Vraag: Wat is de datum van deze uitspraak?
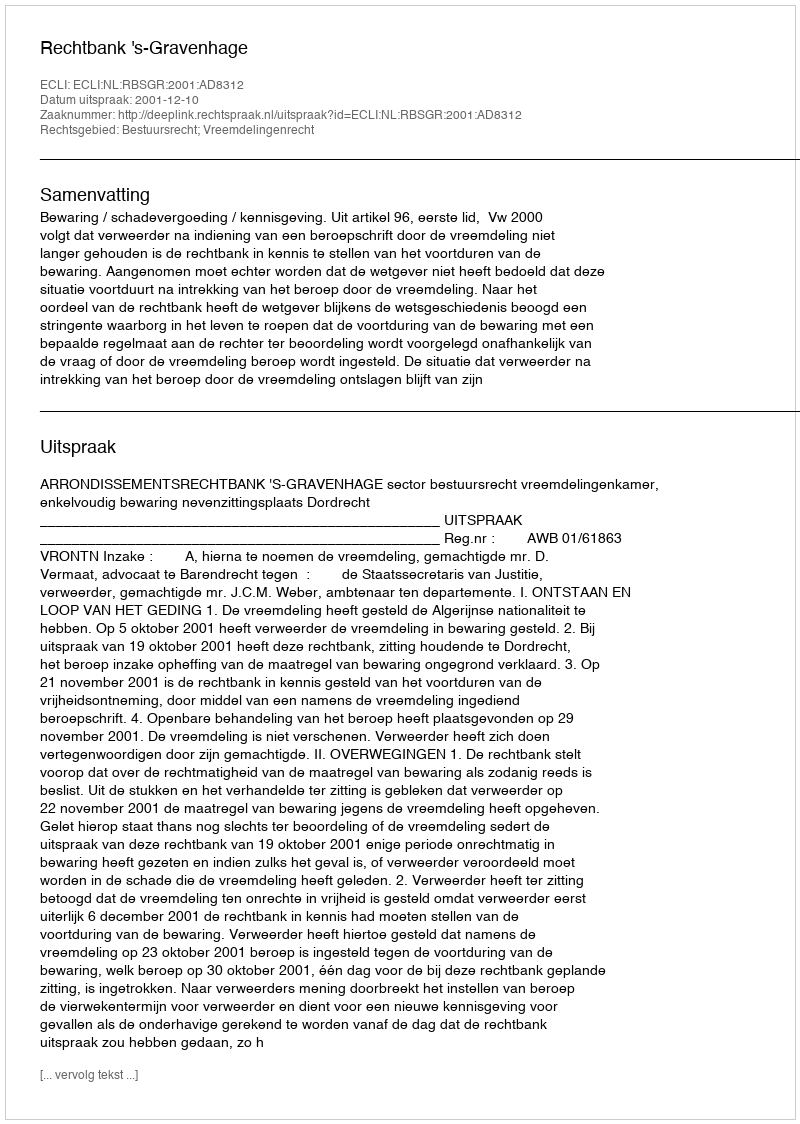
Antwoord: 2001-12-10